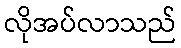
လိုအပ်လာသည်